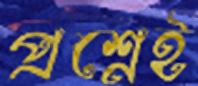
প্রশ্নেই